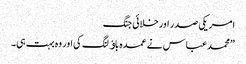
امریکی صدر اورخلائی جنگ
”محمد عباس نے عمدہ باﺅلنگ کی اور وہ بہت ہی۔